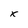
Character: x